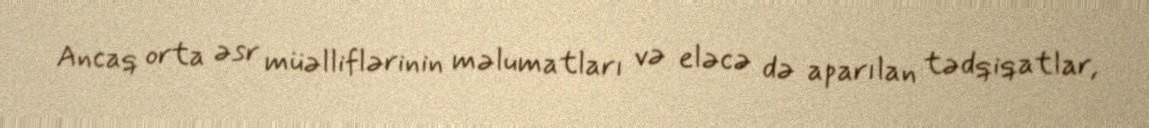
Ancaq orta əsr müəlliflərinin məlumatları və eləcə də aparılan tədqiqatlar,